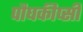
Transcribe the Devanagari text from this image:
पौघकीप्सी